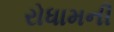
રોધામની